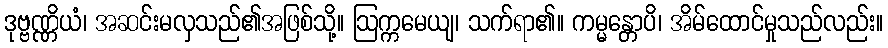
ဒုဗ္ဗဏ္ဏိယံ၊ အဆင်းမလှသည်၏အဖြစ်သို့။ ဩက္ကမေယျ၊ သက်ရာ၏။ ကမ္မန္တောပိ၊ အိမ်ထောင်မှုသည်လည်း။